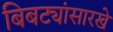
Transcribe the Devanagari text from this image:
बिबट्यांसारखे